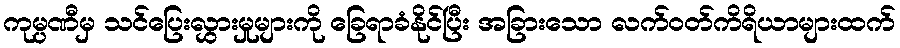
ကုမ္ပဏီမှ သင်ပြေးလွှားမှုများကို ခြေရာခံနိုင်ပြီး အခြားသော လက်ဝတ်ကိရိယာများထက်